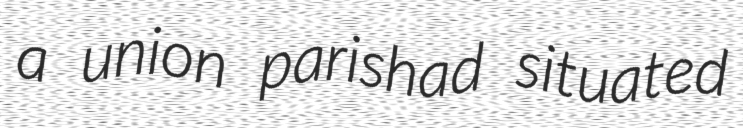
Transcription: a union parishad situated